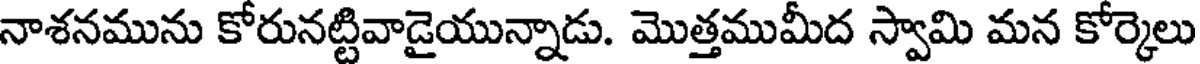
నాశనమును కోరునట్టివాడైయున్నాడు. మొత్తముమీద స్వామి మన కోర్కెలు